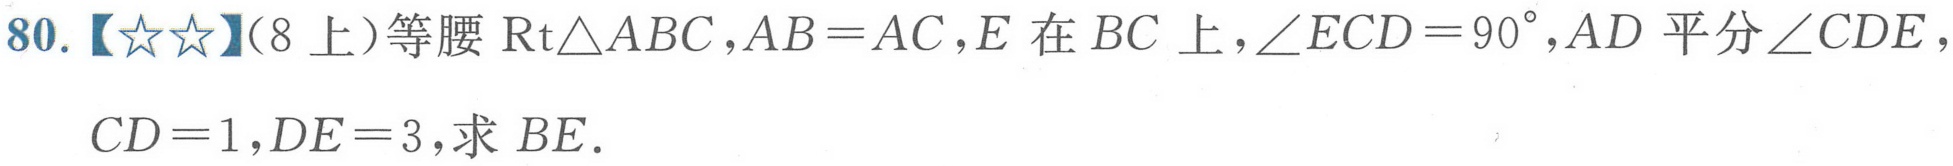
80.【★★】(8上)等腰$\text{Rt}\triangle ABC,AB = AC,E$在$BC$上,$\angle ECD = 90^{\circ},AD$平分$\angle CDE,$$CD = 1,DE = 3,求\ BE.$